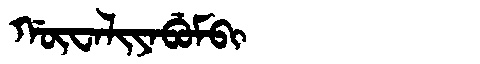
Manchu: ᡤᡡᠸᠠᠯᡳᠶᠠᠪᡠᠮᠪᡳ
Romanization: GŪWALIYABUMBI